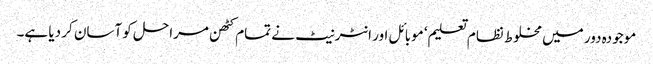
موجودہ دور میں مخلوط نظام تعلیم‘ موبائل اور انٹرنیٹ نے تمام کٹھن مراحل کو آسان کر دیا ہے۔